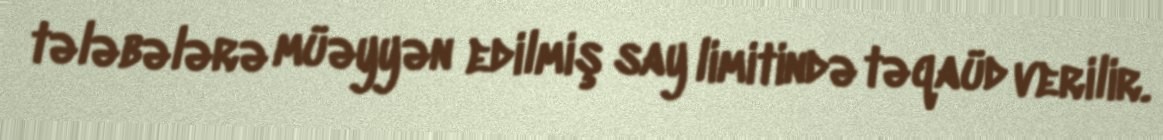
tələbələrə müəyyən edilmiş say limitində təqaüd verilir.